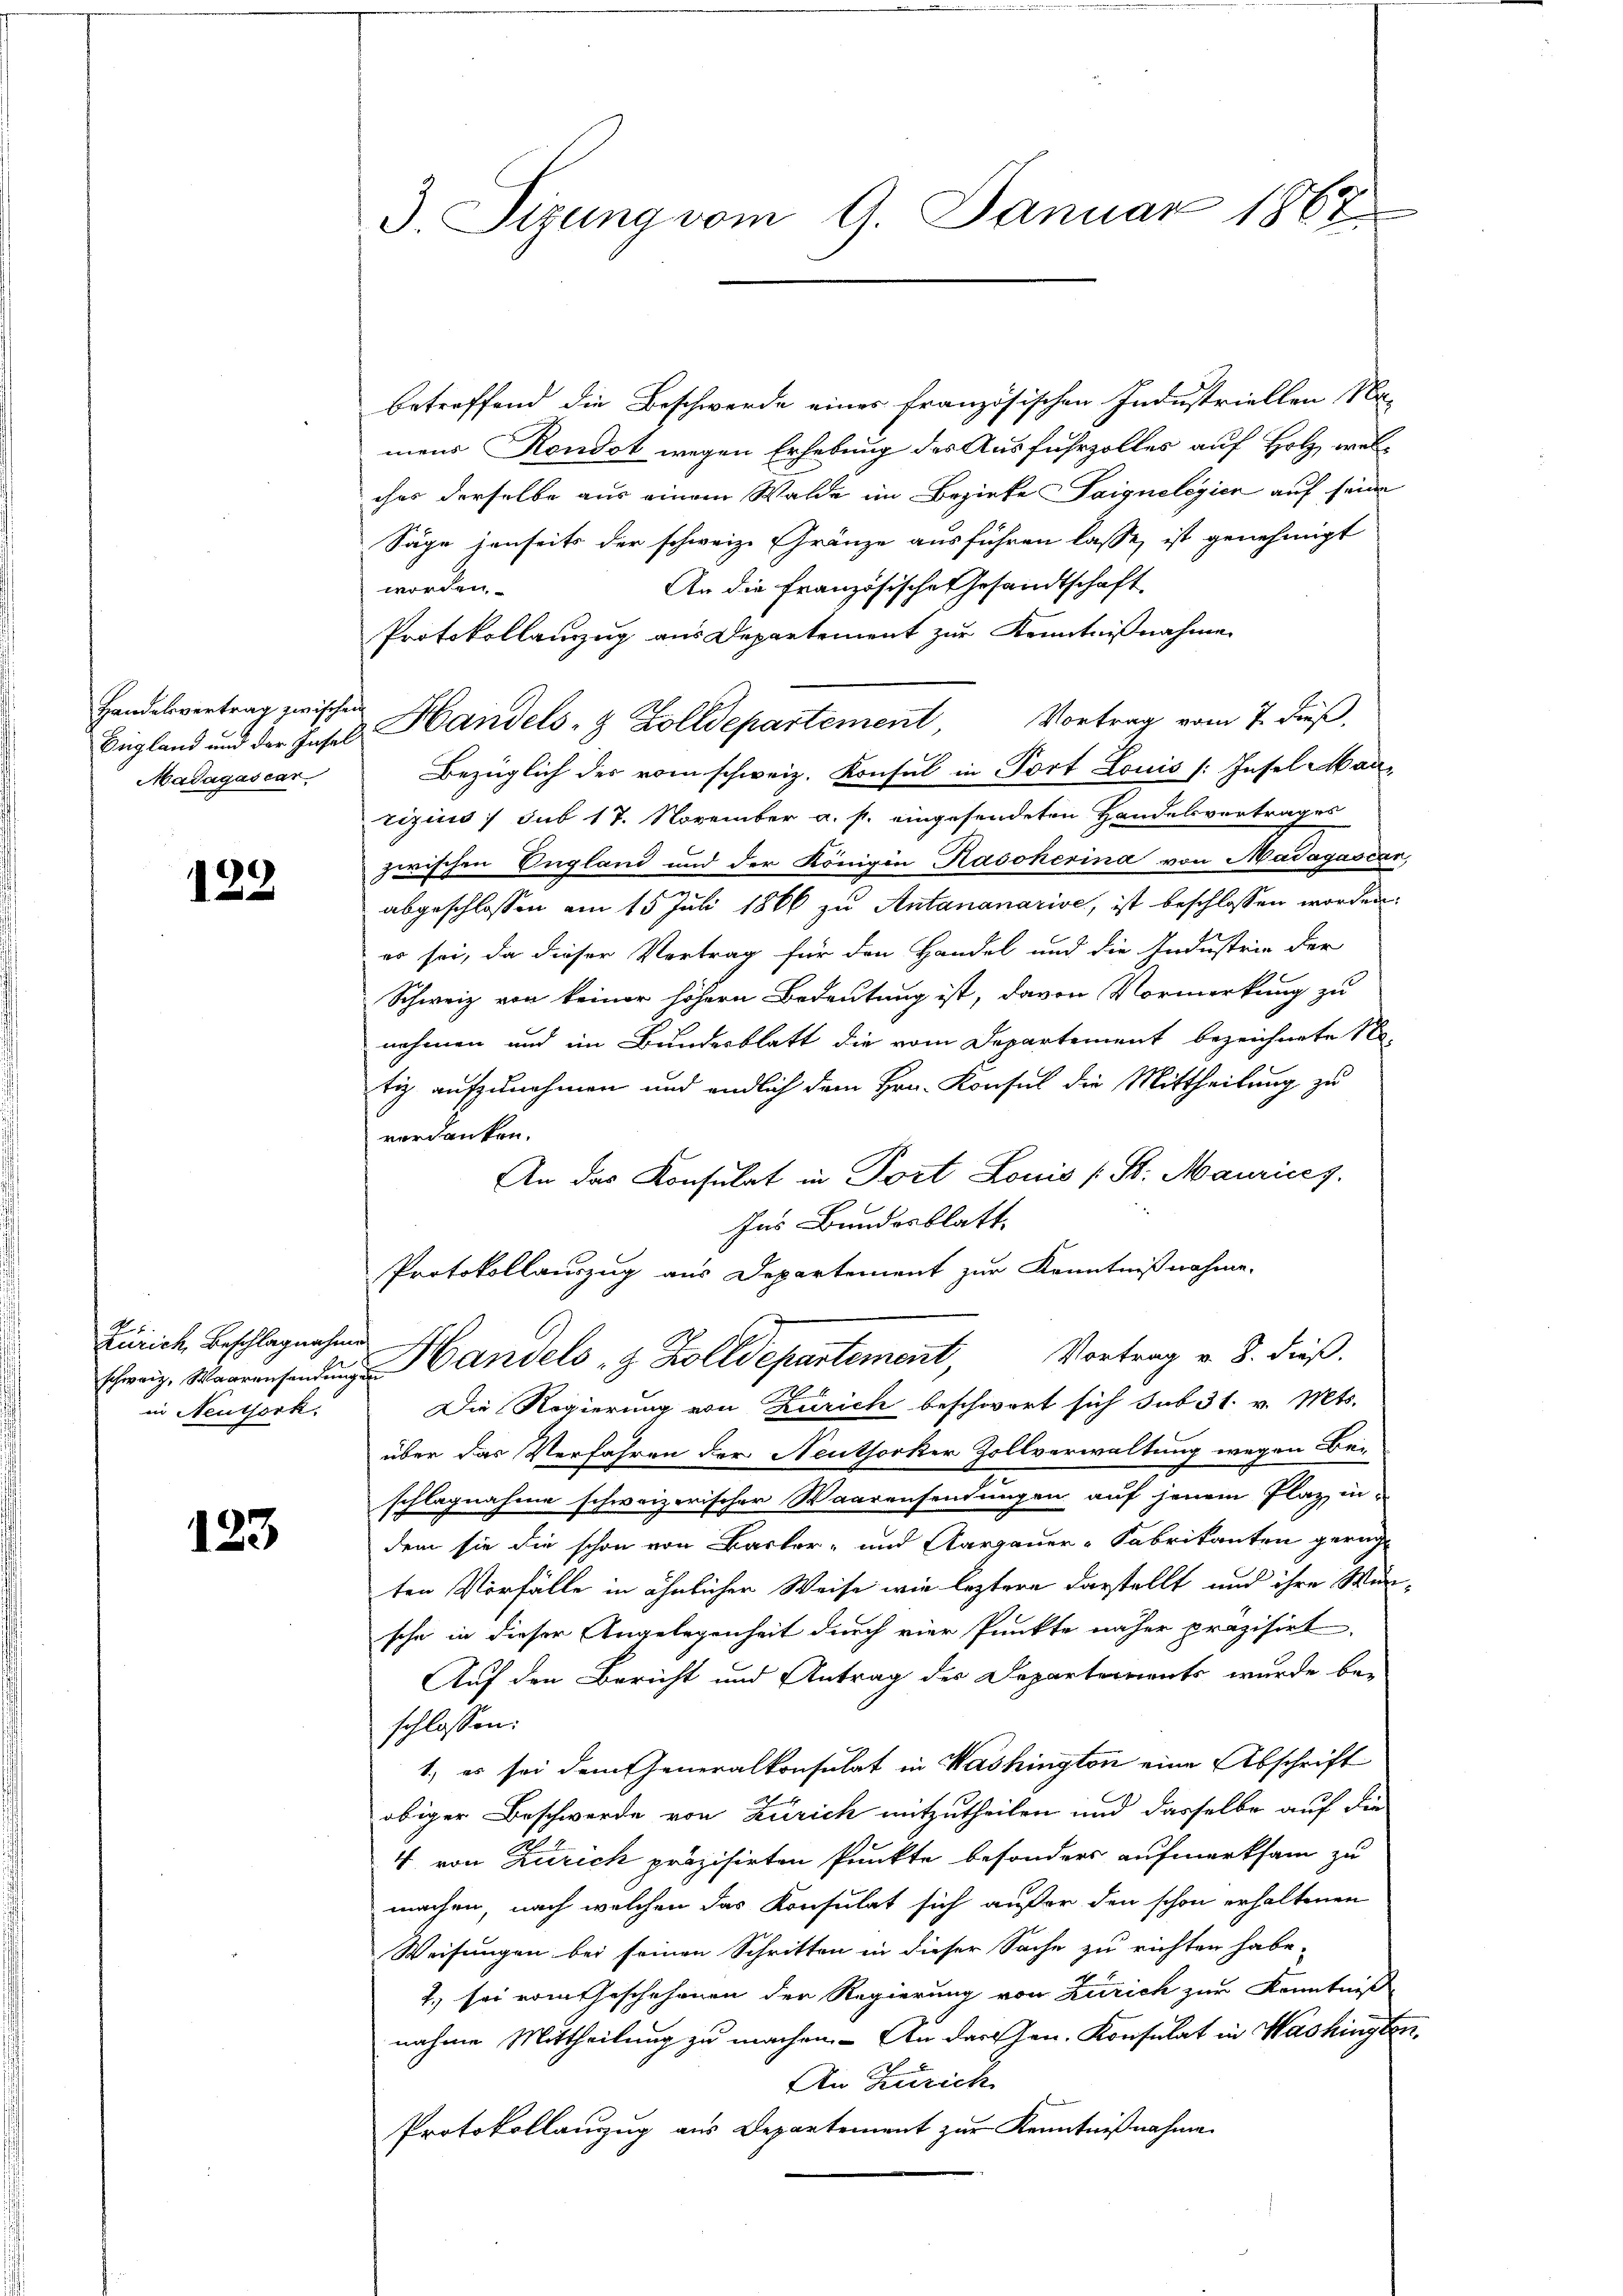
Handelsvertrag zwischen
Madágascar

122

Zürich, Beschlagnahme
in Neuthork

123

3. Sizung vom 9. Januar 1867

betreffend die Beschwerde eines französischen Industriellen Na-
mens Kondot wegen Erhebung des Ausfuhrzolles auf Holz, welcher derselbe aus einem Walde im Bezirke aignelegien auf seine
Säge jenseits der schweiz. Gränze ausführen lasse, ist genehmigt
An die Französische Gesandtschaft
worden.
Protokollanzug aus Departement zur Kenntnißnahme
Bügland und der Insel Handels- & Zolldepartement, Vortrag vom 7. dieß.
Bezüglich des vom schweiz. Konsul in Fort Louis /: Insel Man
tizins sub 17. November a. s. eingesendeten Handelsvertrages
zwischen England und der Königin Rasokerina von Madagascar
abgeschlossen am 15 Juli 1866 zu Antananarise, ist beschlossen worden
es sei, da dieser Vortrag für den Handel und die Industrie der
Schweiz von keiner höhern Bedeutung ist, davon Vormerkung zu
nehmen und im Bundesblatt die vom Departement bezeichnete 1
tig aufzunehmen und endlich dem Hrn. Konsul die Mittheilung zu
verdanken.
An das Konsulat in Port Louis (St. Maurices.
Ins Bundesblatt
Protokollauszug aus Departement zur Kenntnißnahme.
Ehweiz. Waarensenden Handels z. Zolldepartement, Vortrag v. 8. dieß.
Die Regierung von Zürich beschwert sich sub 31. v. Mts.
über das Verfahren der Neuthorker Zollverwaltung wegen Be-
schlagnahme schweizerischer Waarensendungen auf jenem Plaz, indem sie die schon von Backer- und Aargauer-Fabrikanten gericht
ten Vorfälle in ähnlicher Weise wie leztere darstellt und ihre Wen
sche in dieser Angelegenheit durch vier Punkte näher präzisirt,
Auf den Bericht und Antrag des Departements wurde be-
schlossen:
1., es sei dem Generalkonsulat in Washington eine Abschrift
obiger Beschwerde von Zürich mitzutheilen und dasselbe auf die
4 von Zürich präzisirten Punkte besonders aufmerksam zu
machen, nach welchen das Konsulat sich außer den schon erhaltenen
Weisungen bei seinen Schritten in dieser Sache zu richten habe.
2.) sei vom Geschehenen der Regierung von Zürich zur Kenntniß
nahme Mittheilung zu machen. - An darthen. Konsulat in Washingten
An Zürich
Protokollauzug aus Departement zur Kenntnißnahme